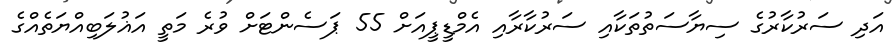
އަދި ސަރުކާރުގެ ސިޔާސަތުތަކާއި ސަރުކާރާއި އެމްޑީޕީއަށް 55 ޕަސެންޓަށް ވުރެ މަތީ އަޣުލަބިއްޔަތެއްގެ